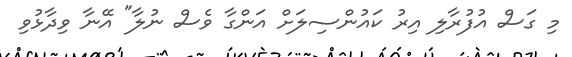
މި ގަސް އުފުރާލި އިރު ކައުންސިލަށް އަންގާ ވެސް ނުލާ" އޭނާ ވިދާޅުވި